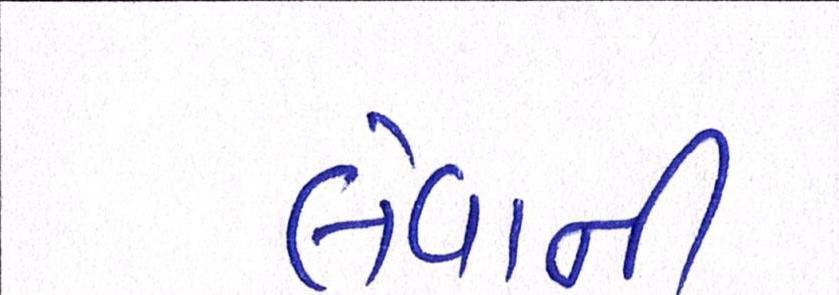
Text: લેવાની